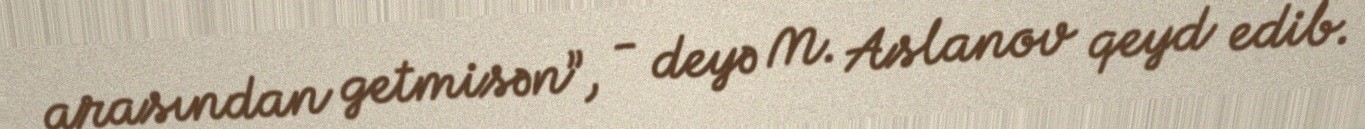
arasından getmisən”, - deyə M. Aslanov qeyd edib.